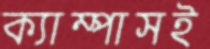
ক্যাম্পাসই